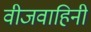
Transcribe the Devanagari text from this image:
वीजवाहिनी